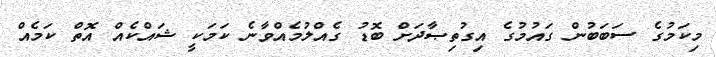
މިކަމުގެ ސަބަބުން ގައުމުގެ އިގުތިޞާދަށް ބޮޑު ގެއްލުމެއްވާނެ ކަމަކީ ޝައްކެއް އޮތް ކަމެއް